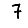
Digit: 7